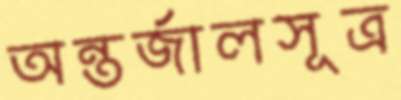
অন্তর্জালসূত্র